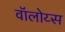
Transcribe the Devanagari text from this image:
वॉलोय्स